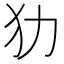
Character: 𤜜